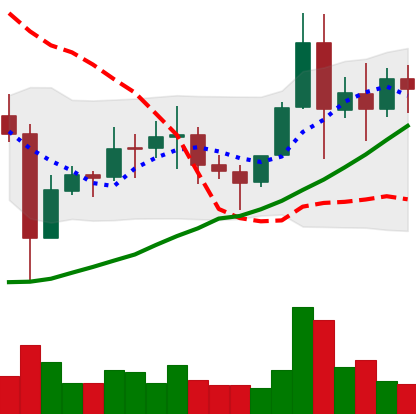
Ticker: EOS-USD
Chart end date: 2021-11-14
Forward return: -13.465%
Label: down_7plus